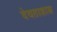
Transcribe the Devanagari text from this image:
देवताशास्त्र